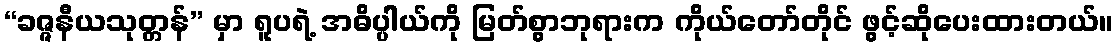
“ခဇ္ဇနီယသုတ္တန်” မှာ ရူပရဲ့ အဓိပ္ပါယ်ကို မြတ်စွာဘုရားက ကိုယ်တော်တိုင် ဖွင့်ဆိုပေးထားတယ်။